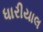
ધારીયાલ